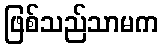
ဖြစ်သည်သာမက